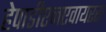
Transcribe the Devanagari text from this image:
हेपाडीएनएवायरस